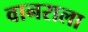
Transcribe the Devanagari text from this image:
वानराला